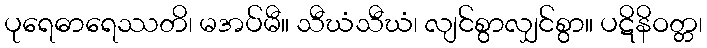
ပုရေဓာရေဿတိ၊ မအပ်မီ။ သီဃံသီဃံ၊ လျင်စွာလျှင်စွာ။ ပဋိနိဝတ္တ၊